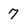
Character: 7